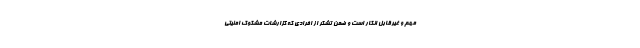
مهم و غیرقابل انکار است و ضمن تشکر از افرادی که گزارشات مشکوک امنیتی